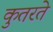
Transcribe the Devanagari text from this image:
कुतरते